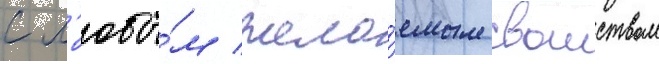
с л'юбы́м жела́емым своиством